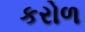
કરોળ